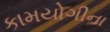
કામયોગીના